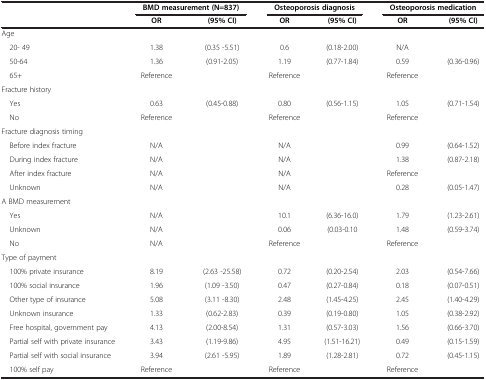
<table><thead><tr><td rowspan="2"><b> </b></td><td colspan="2"><b>BMD measurement (N=837)</b></td><td colspan="2"><b>Osteoporosis diagnosis</b></td><td colspan="2"><b>Osteoporosis medication</b></td></tr><tr><td><b>OR</b></td><td><b>(95% CI)</b></td><td><b>OR</b></td><td><b>(95% CI)</b></td><td><b>OR</b></td><td><b>(95% CI)</b></td></tr></thead><tbody><tr><td>Age</td><td> </td><td> </td><td> </td><td> </td><td> </td><td> </td></tr><tr><td> 20- 49</td><td>1.38</td><td>(0.35 -5.51)</td><td>0.6</td><td>(0.18-2.00)</td><td>N/A</td><td> </td></tr><tr><td> 50-64</td><td>1.36</td><td>(0.91-2.05)</td><td>1.19</td><td>(0.77-1.84)</td><td>0.59</td><td>(0.36-0.96)</td></tr><tr><td> 65+</td><td>Reference</td><td> </td><td>Reference</td><td> </td><td>Reference</td><td> </td></tr><tr><td>Fracture history</td><td> </td><td> </td><td> </td><td> </td><td> </td><td> </td></tr><tr><td> Yes</td><td>0.63</td><td>(0.45-0.88)</td><td>0.80</td><td>(0.56-1.15)</td><td>1.05</td><td>(0.71-1.54)</td></tr><tr><td> No</td><td>Reference</td><td> </td><td>Reference</td><td> </td><td>Reference</td><td> </td></tr><tr><td>Fracture diagnosis timing</td><td> </td><td> </td><td> </td><td> </td><td> </td><td> </td></tr><tr><td> Before index fracture</td><td>N/A</td><td> </td><td>N/A</td><td> </td><td>0.99</td><td>(0.64-1.52)</td></tr><tr><td> During index fracture</td><td>N/A</td><td> </td><td>N/A</td><td> </td><td>1.38</td><td>(0.87-2.18)</td></tr><tr><td> After index fracture</td><td>N/A</td><td> </td><td>N/A</td><td> </td><td>Reference</td><td> </td></tr><tr><td> Unknown</td><td>N/A</td><td> </td><td>N/A</td><td> </td><td>0.28</td><td>(0.05-1.47)</td></tr><tr><td>A BMD measurement</td><td> </td><td> </td><td> </td><td> </td><td> </td><td> </td></tr><tr><td> Yes</td><td>N/A</td><td> </td><td>10.1</td><td>(6.36-16.0)</td><td>1.79</td><td>(1.23-2.61)</td></tr><tr><td> Unknown</td><td>N/A</td><td> </td><td>0.06</td><td>(0.03-0.10</td><td>1.48</td><td>(0.59-3.74)</td></tr><tr><td> No</td><td>N/A</td><td> </td><td>Reference</td><td> </td><td>Reference</td><td> </td></tr><tr><td>Type of payment</td><td> </td><td> </td><td> </td><td> </td><td> </td><td> </td></tr><tr><td> 100% private insurance</td><td>8.19</td><td>(2.63 -25.58)</td><td>0.72</td><td>(0.20-2.54)</td><td>2.03</td><td>(0.54-7.66)</td></tr><tr><td> 100% social insurance</td><td>1.96</td><td>(1.09 -3.50)</td><td>0.47</td><td>(0.27-0.84)</td><td>0.18</td><td>(0.07-0.51)</td></tr><tr><td> Other type of insurance</td><td>5.08</td><td>(3.11 -8.30)</td><td>2.48</td><td>(1.45-4.25)</td><td>2.45</td><td>(1.40-4.29)</td></tr><tr><td> Unknown insurance</td><td>1.33</td><td>(0.62-2.83)</td><td>0.39</td><td>(0.19-0.80)</td><td>1.05</td><td>(0.38-2.92)</td></tr><tr><td> Free hospital, government pay</td><td>4.13</td><td>(2.00-8.54)</td><td>1.31</td><td>(0.57-3.03)</td><td>1.56</td><td>(0.66-3.70)</td></tr><tr><td> Partial self with private insurance</td><td>3.43</td><td>(1.19-9.86)</td><td>4.95</td><td>(1.51-16.21)</td><td>0.49</td><td>(0.15-1.59)</td></tr><tr><td> Partial self with social insurance</td><td>3.94</td><td>(2.61 -5.95)</td><td>1.89</td><td>(1.28-2.81)</td><td>0.72</td><td>(0.45-1.15)</td></tr><tr><td> 100% self pay</td><td>Reference</td><td> </td><td>Reference</td><td> </td><td>Reference</td><td> </td></tr></tbody></table>